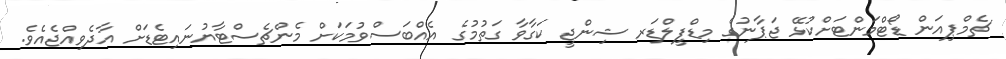
ޗެމްޕިއަން ޑޯޓްމަންޓަށްކުޅޭ ޖަޕާނުގެ މިޑްފީލްޑަރ ޝިންޖީ ކަގާވާ ގަތުމުގެ އެއްބަސްވުމަކަށް މެންޗެސްޓާޔުނައިޓެޑަށް އާދެވިއްޖެއެވެ.